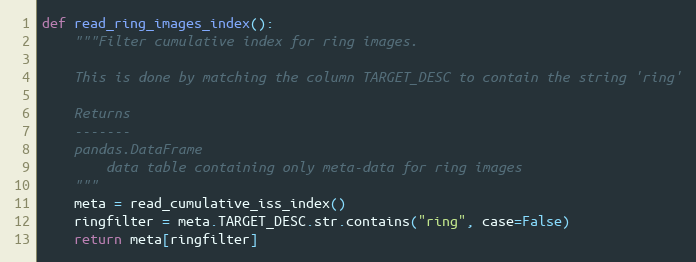
Language: Python
def read_ring_images_index():
    """Filter cumulative index for ring images.

    This is done by matching the column TARGET_DESC to contain the string 'ring'

    Returns
    -------
    pandas.DataFrame
        data table containing only meta-data for ring images
    """
    meta = read_cumulative_iss_index()
    ringfilter = meta.TARGET_DESC.str.contains("ring", case=False)
    return meta[ringfilter]